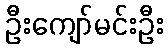
ဦးကျော်မင်းဦး